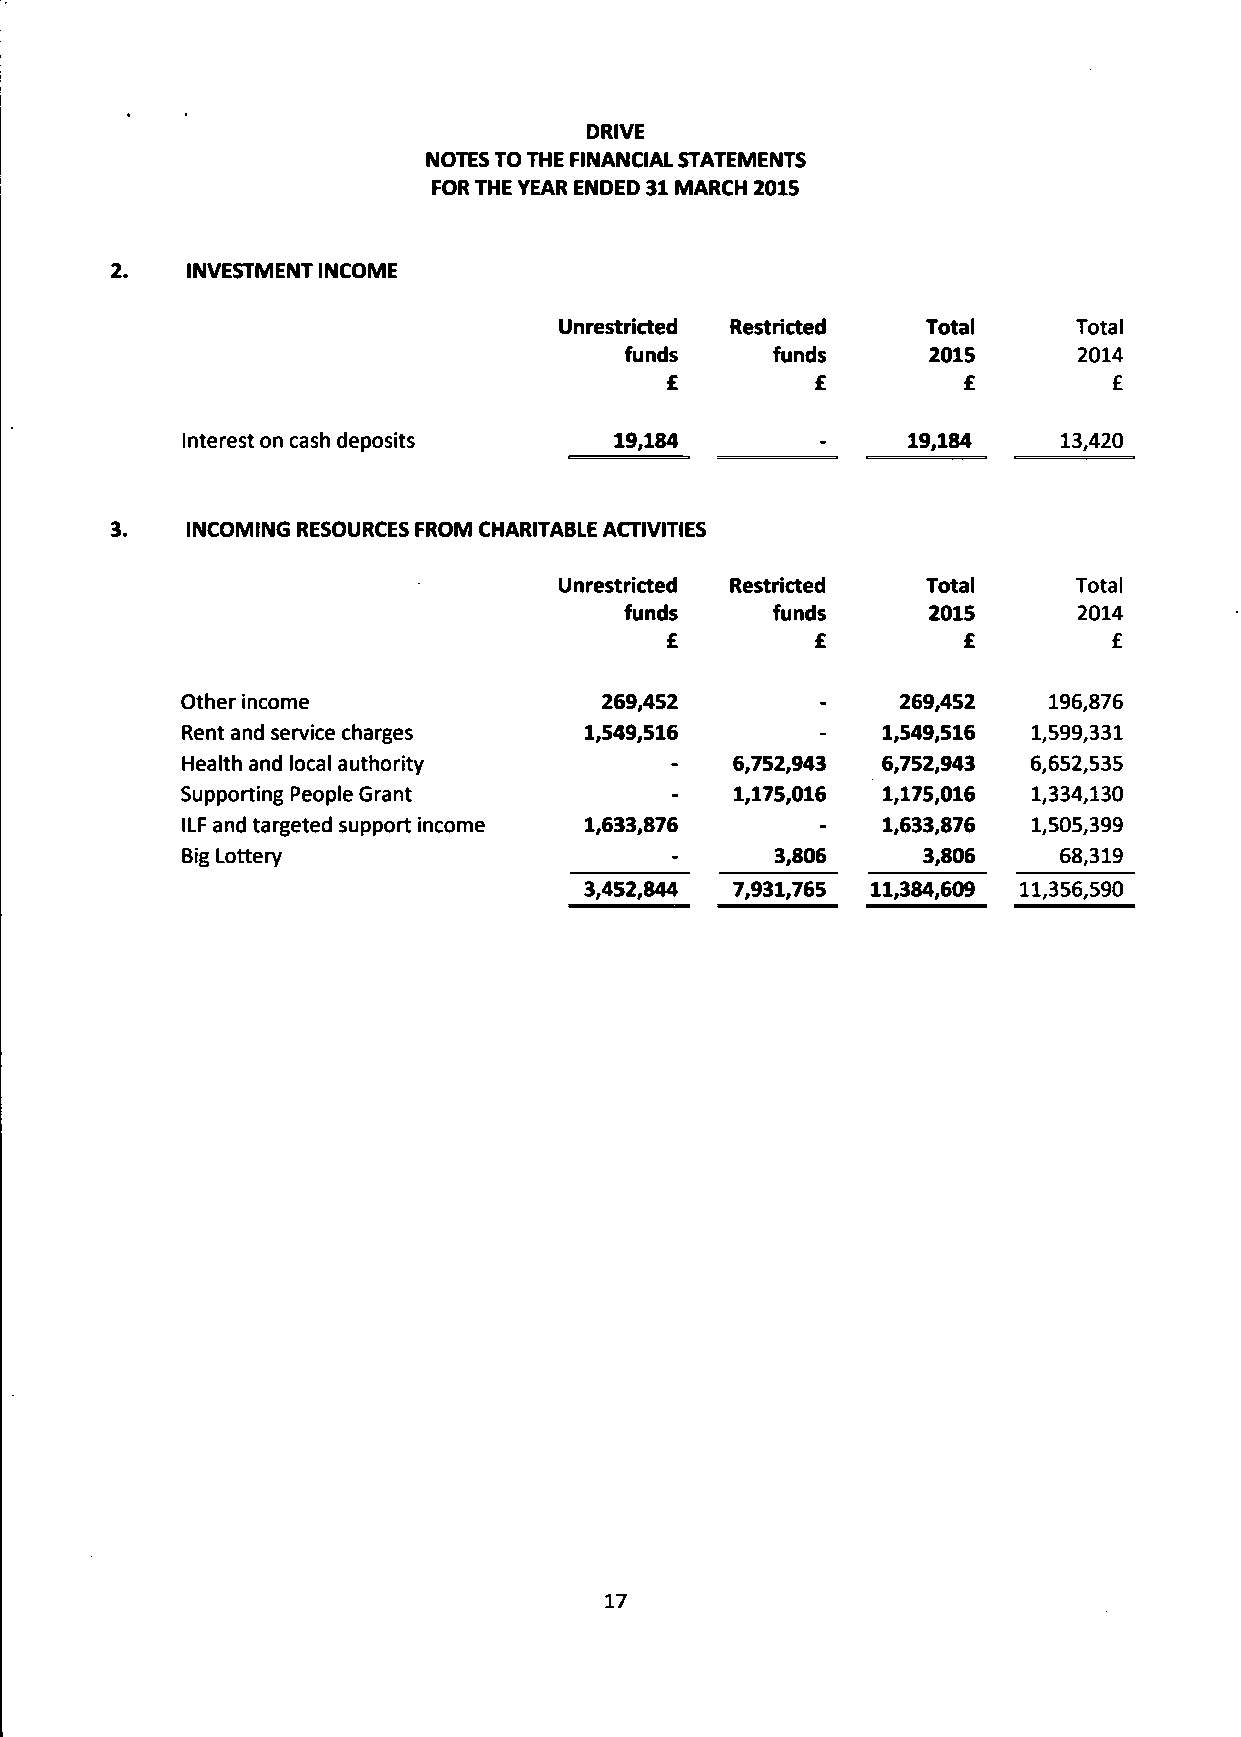
DRIVE
 NOTES TO THE FINANCIAL STATEMENTS
 FOR THE YEAR ENDED 31 MARCH 2015
 INVESTMENT INCOME
 Unrestricted Restricted Total     Total
 funds     funds     2015      2014
 £         £         £         £
 Interest on cash deposits    19,184             19,184    13,420
 INCOMING RESOURCES FROM CHARITABLE ACTIVITIES
 Unrestricted Restricted Total     Total
 funds     funds     2015      2014
 £         £         £        £
 Other income                269,452       -     269,452  196,876
 Rent and service charges   1,549,516       -   1,549,516 1,599,331
 Health and local authority       -   6,752,943 6,752,943 6,652,535
 Supporting People Grant          -   1,175,016 1,175,016 1,334,130
 ILF and targeted support income 1,633,876  -   1,633,876 1,505,399
 Big Lottery                      -     3,806     3,806    68,319
 3,452,844 7,931,765 11,384,609 11,356,590
 17